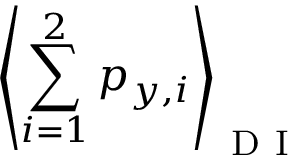
\left\langle \sum _ { i = 1 } ^ { 2 } p _ { y , i } \right\rangle _ { \mathrm { ~ D ~ I ~ } }